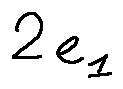
2 e _ { 1 }